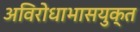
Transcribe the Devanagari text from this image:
अविरोधाभासयुक्त